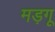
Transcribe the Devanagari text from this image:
मड़गू